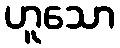
ဟူသော